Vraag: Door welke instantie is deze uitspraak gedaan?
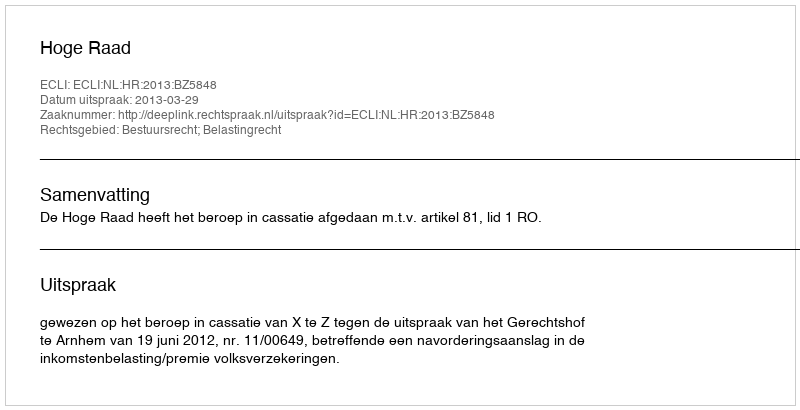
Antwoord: Hoge Raad